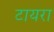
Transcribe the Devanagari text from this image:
टायरा